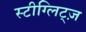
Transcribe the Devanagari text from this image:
स्टीग्लिट्ज़